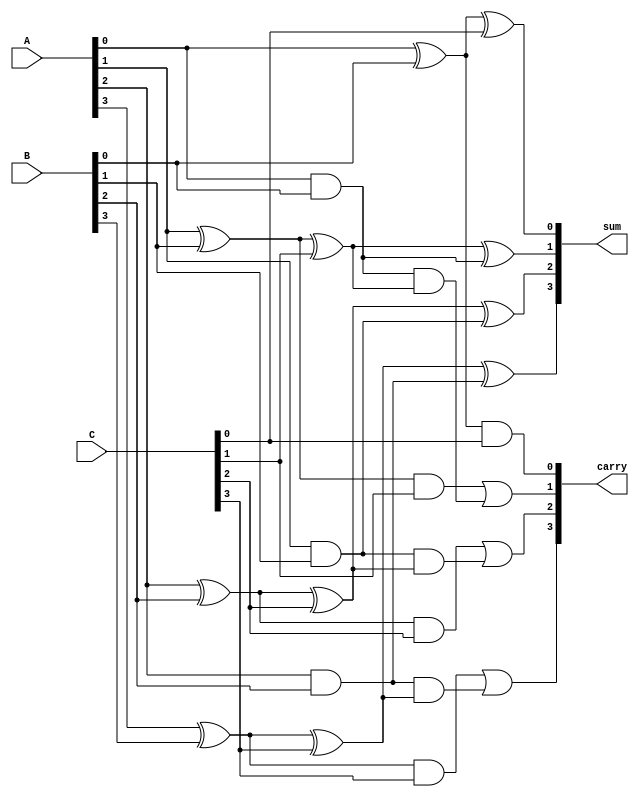
module carry_save_adder #(parameter N = 4) (
    input  [N-1:0] A,    // First n-bit input
    input  [N-1:0] B,    // Second n-bit input
    input  [N-1:0] C,    // Third n-bit input
    output [N-1:0] sum,   // Sum output
    output [N-1:0] carry   // Carry output
);

    // Intermediate wires for half adders and full adders
    wire [N-1:0] HA_sum;  // Sum outputs from half adders
    wire [N-1:0] HA_carry; // Carry outputs from half adders
    wire [N-1:0] FA_sum;  // Additional sum outputs from full adders
    wire [N-1:0] FA_carry; // Additional carry outputs from full adders

    // Half Adder for first two inputs (A and B)
    genvar i;
    generate
        for (i = 0; i < N; i = i + 1) begin : half_adder
            if (i == 0) begin
                // First bit: A[0] + B[0]
                assign HA_sum[i] = A[i] ^ B[i];
                assign HA_carry[i] = A[i] & B[i];
            end else begin
                // Subsequent bits: A[i] + B[i]
                assign HA_sum[i] = A[i] ^ B[i];
                assign HA_carry[i] = A[i] & B[i];
            end
        end
    endgenerate

    // Full Adders for (HA_sum and C) and carry propagation
    generate
        for (i = 0; i < N; i = i + 1) begin : full_adder
            if (i == 0) begin
                // First bit: HA_sum[0] + C[0]
                assign FA_sum[i] = HA_sum[i] ^ C[i];
                assign FA_carry[i] = HA_sum[i] & C[i];
            end else begin
                // Subsequent bits: HA_sum[i] + C[i] + carry from previous
                assign FA_sum[i] = HA_sum[i] ^ C[i] ^ HA_carry[i-1];
                assign FA_carry[i] = (HA_sum[i] & C[i]) | (HA_carry[i-1] & (HA_sum[i] ^ C[i]));
            end
        end
    endgenerate

    // Final sum and carry outputs
    assign sum = FA_sum;      // Final sum output
    assign carry = FA_carry;  // Final carry output

endmodule